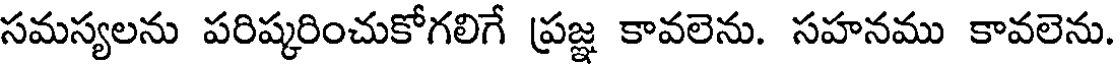
సమస్యలను పరిష్కరించుకోగలిగే ప్రజ్ఞ కావలెను. సహనము కావలెను.